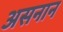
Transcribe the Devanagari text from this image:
असनान